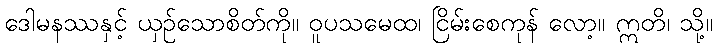
ဒေါမနဿနှင့် ယှဉ်သောစိတ်ကို။ ဝူပသမေထ၊ ငြိမ်းစေကုန် လော့။ ဣတိ၊ သို့။